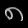
Digit: ၈